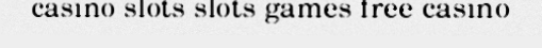
casino slots slots games free casino